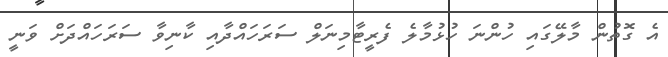
އެ ގޮތުން މާލޭގައި ހުންނަ ހުޅުމާލެ ފެރީޓާމިނަލް ސަރަހައްދާއި ކާނިވާ ސަރަހައްދަށް ވަނީ